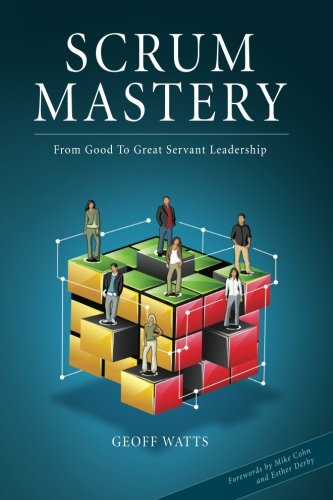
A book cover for Scrum Mastery: From Good To Great Servant-Leadership; Geoff Watts; Computers & Technology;